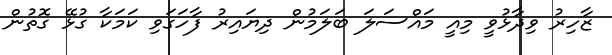
ޒާހިރު ވިދާޅުވީ މިއީ މައްސަލަ ބަލަމުން ދިޔައިރު ފާހަގަވި ކަމަކާ ގުޅޭ ގޮތުން